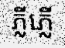
ភ្លីភ្លើ